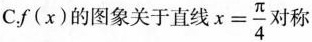
C.f(x)的图象关于直线$$x = \frac { π } { 4 }$$对称